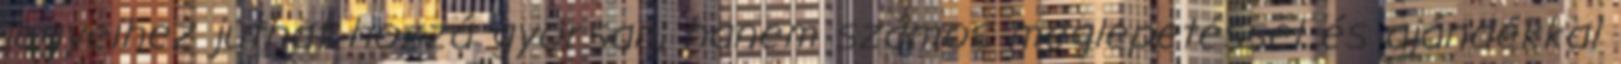
jegyeihez juthat hozzá gyorsan, hanem számos meglepetéssel és ajándékkal